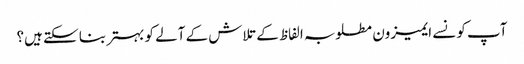
آپ کونسے ایمیزون مطلوبہ الفاظ کے تلاش کے آلے کو بہتر بنا سکتے ہیں؟